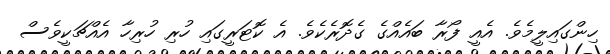
ހިންގައިލީމެވެ. އެއީ ފޯރާ ބައެއްގެ ގެދޮރެކެވެ. އެ ކޮޓަރީގައި ހުރި ހުރިހާ އެއްޗަކީވެސް